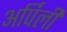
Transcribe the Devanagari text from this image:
अर्पिली